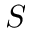
S